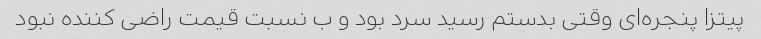
پیتزا پنجره‌ای وقتی بدستم رسید سرد بود و ب نسبت قیمت راضی کننده نبود